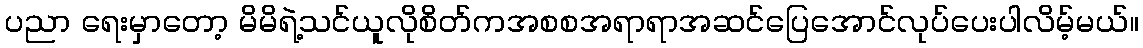
ပညာ ရေးမှာတော့ မိမိရဲ့သင်ယူလိုစိတ်ကအစစအရာရာအဆင်ပြေအောင်လုပ်ပေးပါလိမ့်မယ်။